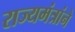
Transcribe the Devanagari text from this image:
राज्यमंत्रांने